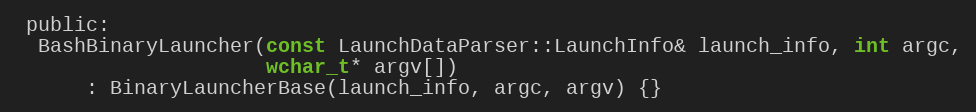
Language: C
 public:
  BashBinaryLauncher(const LaunchDataParser::LaunchInfo& launch_info, int argc,
                     wchar_t* argv[])
      : BinaryLauncherBase(launch_info, argc, argv) {}